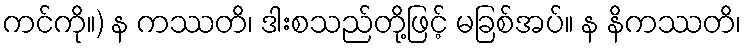
ကင်ကို။) န ကဿတိ၊ ဒါးစသည်တို့ဖြင့် မခြစ်အပ်။ န နိကဿတိ၊